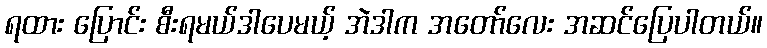
ရထား ပြောင်း စီးရမယ်ဒါပေမယ့် အဲဒါက အတော်လေး အဆင်ပြေပါတယ်။